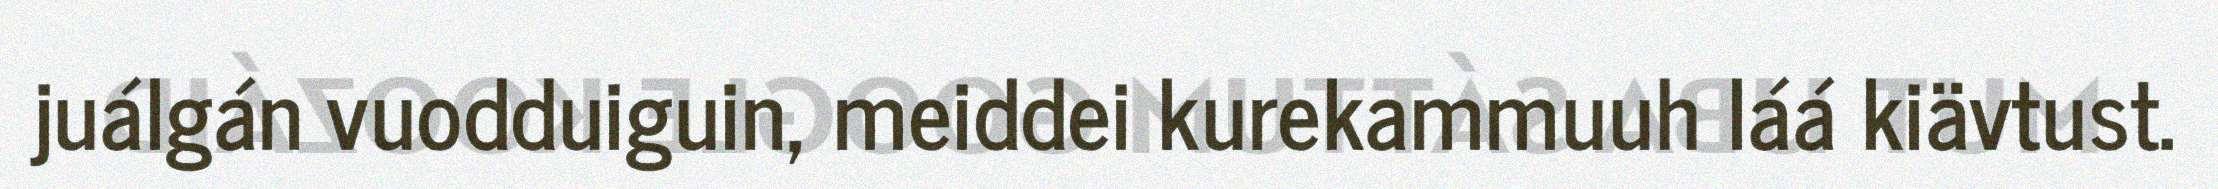
juálgán vuodduiguin, meiddei kurekammuuh láá kiävtust.